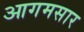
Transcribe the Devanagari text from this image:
आगमसार